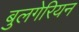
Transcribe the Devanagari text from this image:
बुलगेरियन